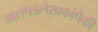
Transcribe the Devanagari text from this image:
जालपत्रलेखकांपैकी